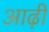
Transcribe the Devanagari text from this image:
आढ़ी